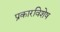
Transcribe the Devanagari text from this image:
प्रकारविशेष